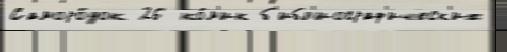
Саморо́док 26 ко́м'ик б'ибл'иограф'ическ'их